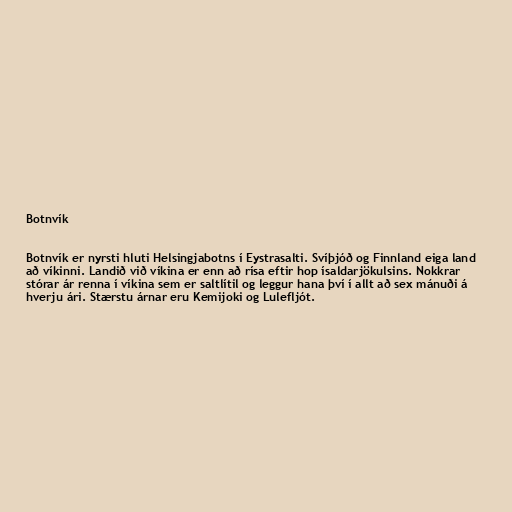
Botnvík

Botnvík er nyrsti hluti Helsingjabotns í Eystrasalti. Svíþjóð og Finnland eiga land
að víkinni. Landið við víkina er enn að rísa eftir hop ísaldarjökulsins. Nokkrar
stórar ár renna í víkina sem er saltlítil og leggur hana því í allt að sex mánuði á
hverju ári. Stærstu árnar eru Kemijoki og Lulefljót.